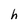
Character: h